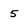
Character: 5